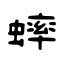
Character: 蟀